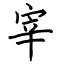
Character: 宰